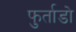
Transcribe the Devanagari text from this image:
फुर्ताडो